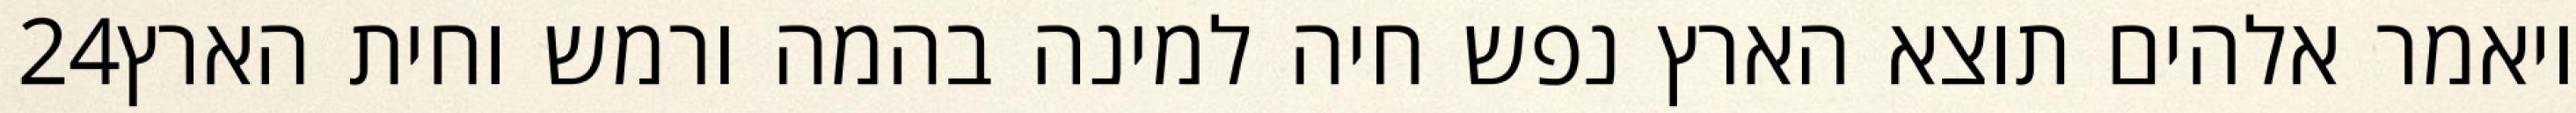
‎24‏ ויאמר אלהים תוצא הארץ נפש חיה למינה בהמה ורמש וחית הארץ